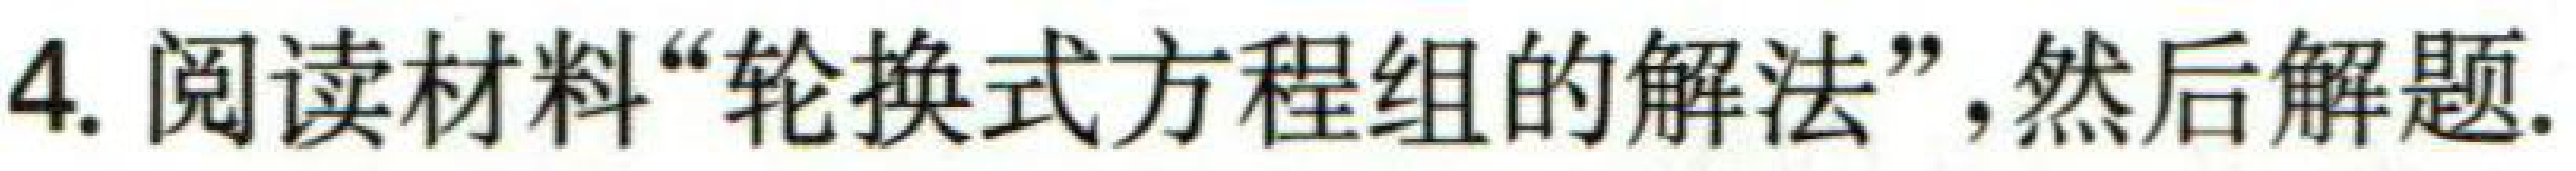
4. 阅读材料“轮换式方程组的解法”,然后解题.